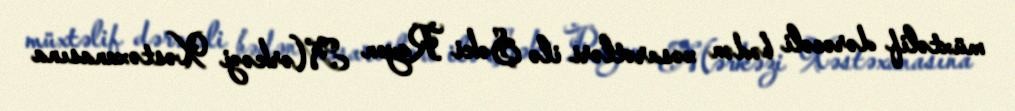
müxtəlif dərəcəli bədən xəsarətləri ilə Şəki Rayon Mərkəzi Xəstəxanasına